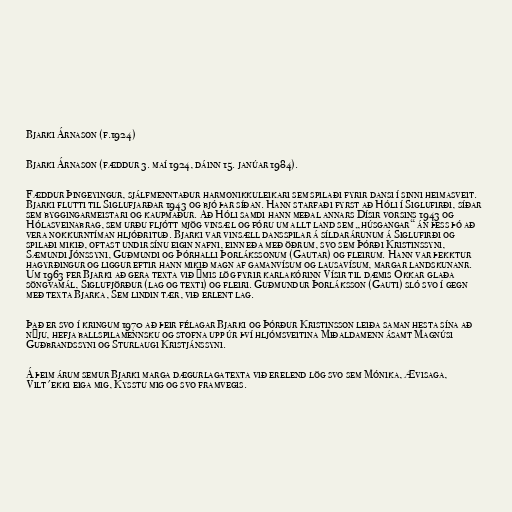
Bjarki Árnason (f.1924)

Bjarki Árnason (fæddur 3. maí 1924, dáinn 15. janúar 1984).

Fæddur Þingeyingur, sjálfmenntaður harmonikkuleikari sem spilaði fyrir dansi í sinni heimasveit.
Bjarki flutti til Siglufjarðar 1943 og bjó þar síðan. Hann starfaði fyrst að Hóli í Siglufirði, síðar
sem byggingarmeistari og kaupmaður. Að Hóli samdi hann meðal annars Dísir vorsins 1943 og
Hólasveinabrag, sem urðu fljótt mjög vinsæl og fóru um allt land sem „húsgangar“ án þess þó að
vera nokkurntíman hljóðrituð. Bjarki var vinsæll dansspilar á síldarárunum á Siglufirði og
spilaði mikið, oftast undir sínu eigin nafni, einn eða með öðrum, svo sem Þórði Kristinssyni,
Sæmundi Jónssyni, Guðmundi og Þórhalli Þorlákssonum (Gautar) og fleirum. Hann var þekktur
hagyrðingur og liggur eftir hann mikið magn af gamanvísum og lausavísum, margar landskunanr.
Um 1963 fer Bjarki að gera texta við ýmis lög fyrir karlakórinn Vísir til dæmis Okkar glaða
söngvamál, Siglufjörður (lag og texti) og fleiri. Guðmundur Þorláksson (Gauti) sló svo í gegn
með texta Bjarka, Sem lindin tær, við erlent lag.

Það er svo í kringum 1970 að þeir félagar Bjarki og Þórður Kristinsson leiða saman hesta sína að
nýju, hefja ballspilamennsku og stofna upp úr því hljómsveitina Miðaldamenn ásamt Magnúsi
Guðbrandssyni og Sturlaugi Kristjánssyni.

Á þeim árum semur Bjarki marga dægurlagatexta við erelend lög svo sem Mónika, Ævisaga,
Vilt'ekki eiga mig, Kysstu mig og svo framvegis.